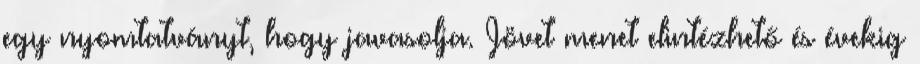
egy nyomtatványt, hogy javasolja. Jövet menet elintézhető és évekig